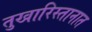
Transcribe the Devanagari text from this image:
तुखारिस्तानात